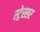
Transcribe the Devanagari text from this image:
स्ट्रेस्सर